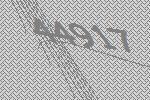
44917